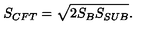
S _ { C F T } = \sqrt { 2 S _ { B } S _ { S U B } } .